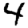
Digit: 4